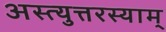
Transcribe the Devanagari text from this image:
अस्त्युत्तरस्याम्